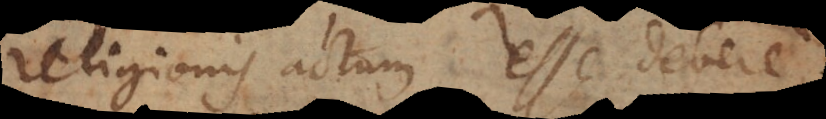
religionis actum esse debere,